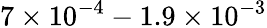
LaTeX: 7\times 10^{-4}-1.9\times 10^{-3}